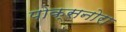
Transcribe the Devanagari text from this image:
पोक्सनोरा